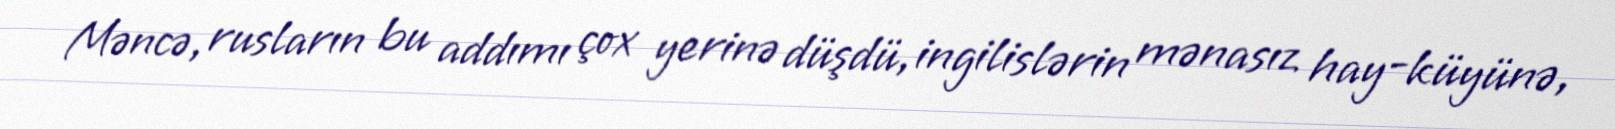
Məncə, rusların bu addımı çox yerinə düşdü, ingilislərin mənasız hay-küyünə,